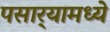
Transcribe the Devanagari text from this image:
पसार्‍यामध्ये